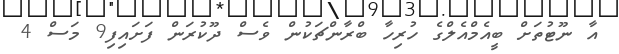
އާ ނޫޓުތަށް ބީއެމްއެލްގެ ހުރިހާ ބްރާންޗަކުން ވެސް ދޫކުރަން ފަށައިފި9 މަސް 4